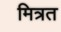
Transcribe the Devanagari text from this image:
मित्रत